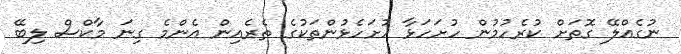
ނުގެއްލޭ ގޮތަށް ކުރެހުމުން ހުށަހަޅާ ހުށަހެޅުންތަކުގެ ތެރެއިން އެންމެ ގިނަ މާކްސް ލިބޭ